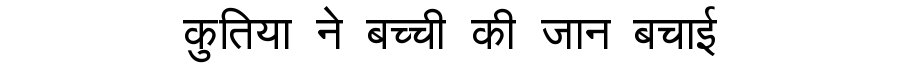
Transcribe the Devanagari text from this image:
कुतिया ने बच्ची की जान बचाई